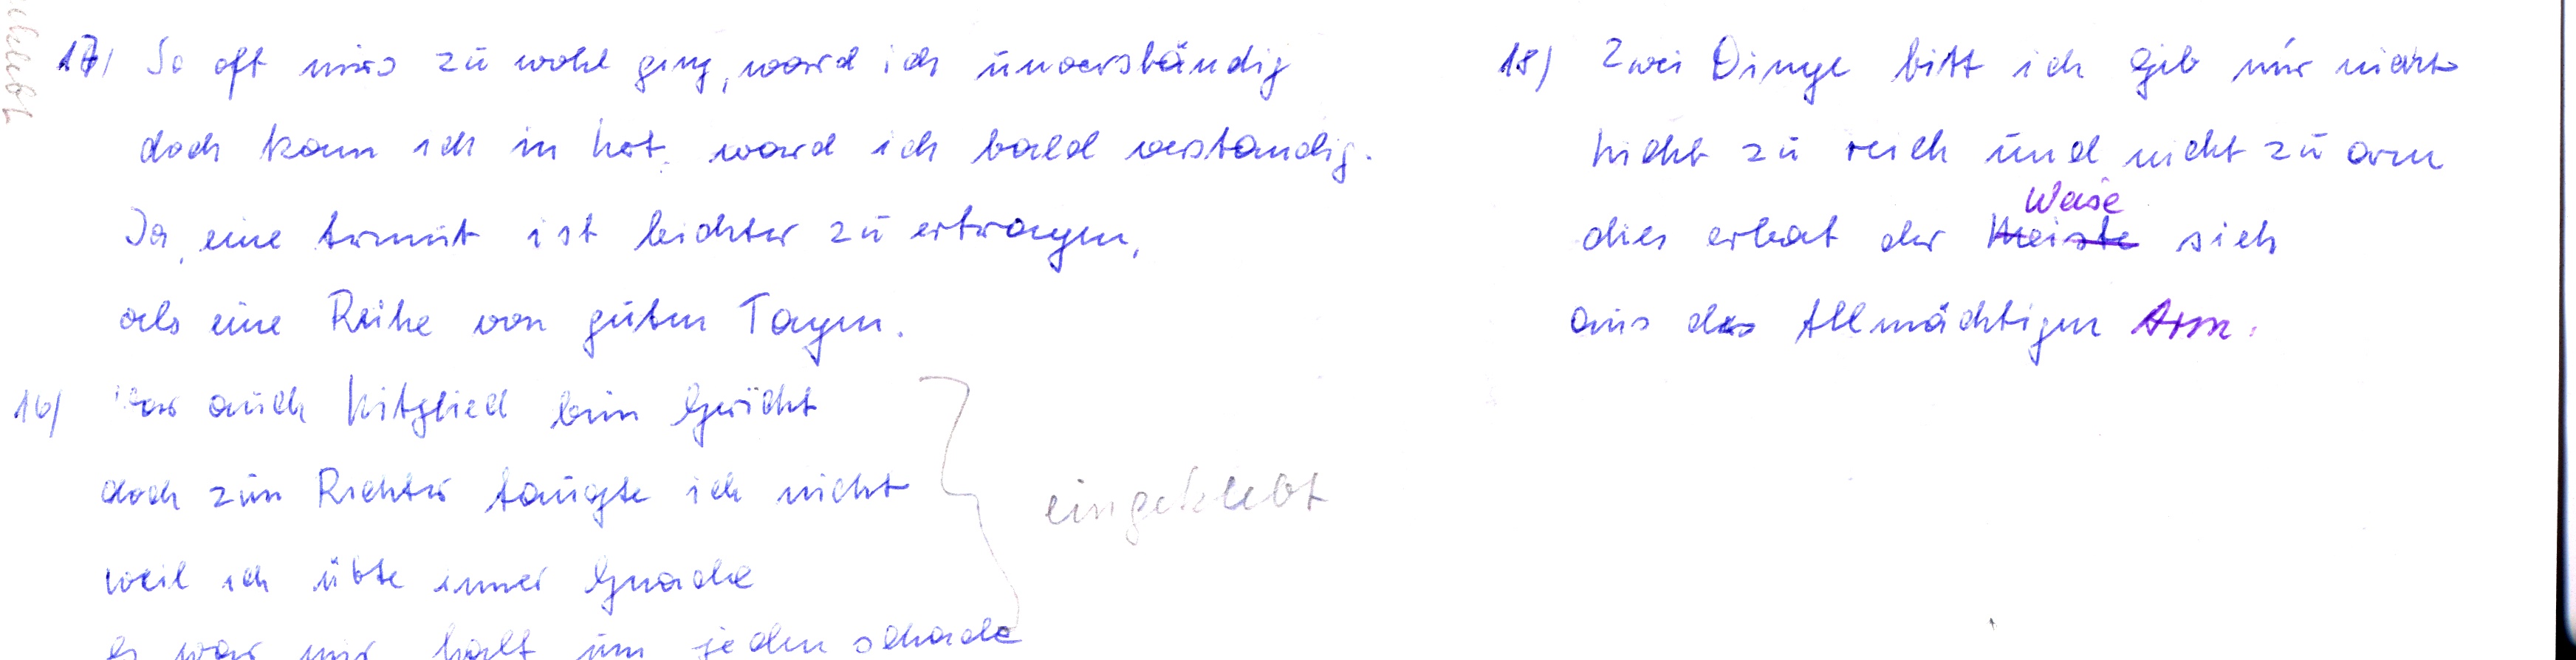
17) So oft mirs zu wohl ging, ward ich unverständig
doch kam ich in Not, ward ich bald verstandig
doch kam ich in Not, ward ich bald verstandig
als eine Reihe von guten Tagen.
16) War auch Mitglied beim Gericht
doch zum Richter taugte ich nicht
eingeklebt
weil ich übte immer Gnade
es wr mir halt um jeden schade

18) Zwei Dinge bitt ich gib mir nicht
nicht zu reich und nicht zu arm
Weise
Dies erbat der Meiste sich
aus des Allmächtigem Arm